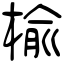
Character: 楡